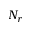
N _ { r }